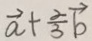
\overrightarrow { a } + \frac { 2 } { 3 } \overrightarrow { b }